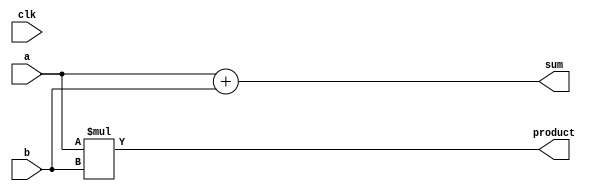
module BehavioralModel (
    input wire clk,
    input wire [3:0] a,
    input wire [3:0] b,
    output reg [4:0] sum,
    output reg [4:0] product
);

// Signal Declaration
reg [4:0] temp_sum;
reg [4:0] temp_product;

// Task to calculate sum
task calculate_sum;
    input [3:0] x;
    input [3:0] y;
    begin
        temp_sum = x + y;
    end
endtask

// Task to calculate product
task calculate_product;
    input [3:0] x;
    input [3:0] y;
    begin
        temp_product = x * y;
    end
endtask

// Continuous Assignment
always @(*) begin
    // Invoke tasks to perform calculations
    calculate_sum(a, b);
    calculate_product(a, b);
    
    // Assign results to output signals
    sum <= temp_sum;
    product <= temp_product;
end

endmodule